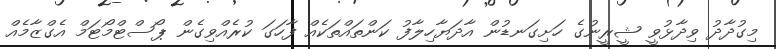
މިގުދާދު ވިދާޅުވީ ޝީރީނުގެ ހަށިގަނޑުން އާދަޔާހިލާފު ކަންތައްތަކެއް ފާހަގަ ކުރެއްވިގެން ޕޯސްޓްމޯޓަމް އެގްޒާމެއް